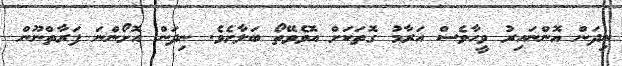
ނިދަން އޮންނައިރު ވީހާވެސް އަރާމު ގޮތަކަށް އޮވެވޭތޯ ބަލާށެވެ. ނިދަން އޮށޯންނަ ފަރާތްނޫން